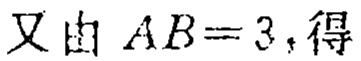
又由 \(AB = 3\)，得